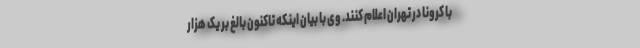
با کرونا در تهران اعلام کنند. وی با بیان اینکه تاکنون بالغ بر یک هزار